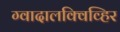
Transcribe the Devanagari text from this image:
ग्वादालक्विव्हिर